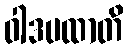
ဝါဒပထာတိ